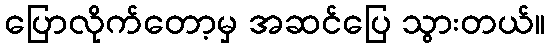
ပြောလိုက်တော့မှ အဆင်ပြေ သွားတယ်။